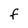
Character: F